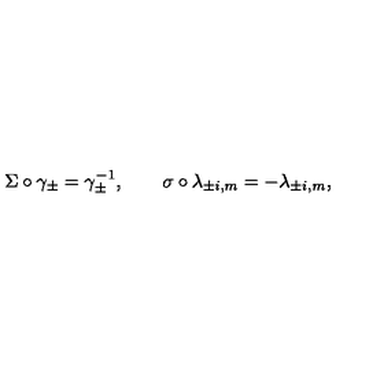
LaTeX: \Sigma \circ \gamma _ { \pm } = \gamma _ { \pm } ^ { - 1 } , \qquad \sigma \circ \lambda _ { \pm i , m } = - \lambda _ { \pm i , m } ,